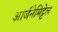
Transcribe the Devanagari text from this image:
आर्जनेमिट्टेल